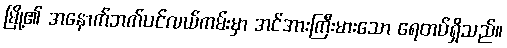
မြို့၏ အနောက်ဘက်ပင်လယ်ကမ်းမှာ အင်အားကြီးမားသော ရေတပ်ရှိသည်။